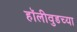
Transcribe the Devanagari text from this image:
हॉलीवुडच्या